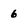
Character: 6